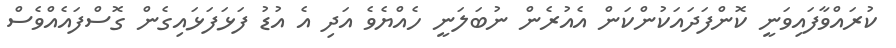
ކުރައްވާފައިވަނީ ކޮންފަދައަކުންކަން އެއުރެން ނުބަލަނީ ހެއްޔެވެ އަދި އެ އުޑު ފަޅަފަޅައިގެން ގޮސްފައެއްވެސް